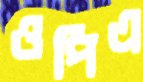
ওপিএ